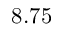
8 . 7 5